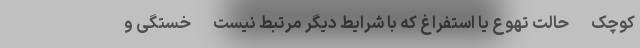
کوچک - حالت تهوع یا استفراغ که با شرایط دیگر مرتبط نیست - خستگی و